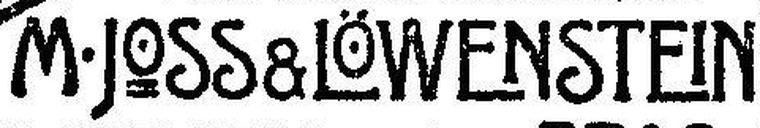
M·JOSS & LÖWENSTEIN